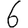
Digit: 6